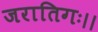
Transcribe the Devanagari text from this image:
जरातिगः।।